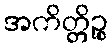
အကိတ္တိဉ္စ